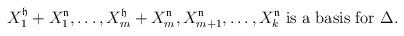
LaTeX: \begin{align*} X^{\mathfrak h}_1+X^{\mathfrak n}_1 ,\ldots , X^{\mathfrak h}_m +X^{\mathfrak n}_m , X^{\mathfrak n}_{m+1}, \ldots , X^{\mathfrak n}_k \mbox{ is a basis for } \Delta.\end{align*}